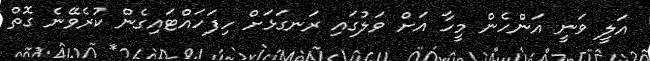
އަލީ ވަނީ އަންހެން މީހާ އަށް ވަލުގައި ރަނގަޅަށް ހިފަހައްޓައިގެން ކުރެވޭނެ ގޮތް